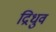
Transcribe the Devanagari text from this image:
द्रिधुव